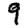
Digit: 9